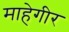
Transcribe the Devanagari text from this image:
माहेगीर